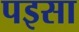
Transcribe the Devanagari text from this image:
पइसा